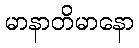
မာနာတိမာနော